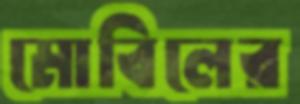
মোবিলের